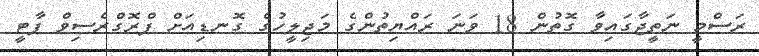
ރަސްމީ ނަތީޖާގައިވާ ގޮތުން 18 ވަނަ ރައްޔިތުންގެ މަޖިލީހުގެ ގޮނޑިއަށް ޕްރޮގްރެސިވް ޕާޓީ